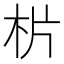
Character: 㭊